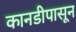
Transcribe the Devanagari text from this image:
कानडीपासून